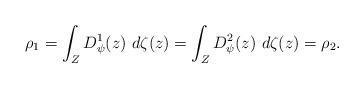
LaTeX: \begin{align*}\rho_{1} = \int_{Z} D_{\psi}^{1}(z)~d\zeta(z) = \int_{Z} D_{\psi}^{2}(z)~d\zeta(z) = \rho_{2}.\end{align*}